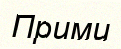
Прими